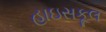
હાઇસકૂલ